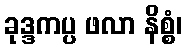
ခုဒ္ဒကပ္ပ ဖလာ နိစ္စံ၊